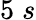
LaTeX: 5\; s